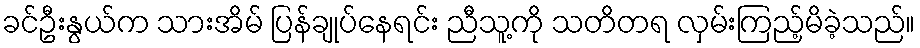
ခင်ဦးနွယ်က သားအိမ် ပြန်ချုပ်နေရင်း ညီသူ့ကို သတိတရ လှမ်းကြည့်မိခဲ့သည်။